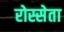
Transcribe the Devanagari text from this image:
रोस्सेता